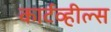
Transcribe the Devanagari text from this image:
कार्टव्हील्स